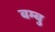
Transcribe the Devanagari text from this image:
बम्बु